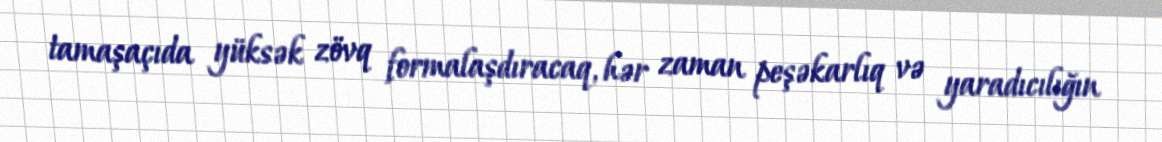
tamaşaçıda yüksək zövq formalaşdıracaq, hər zaman peşəkarlıq və yaradıcılığın